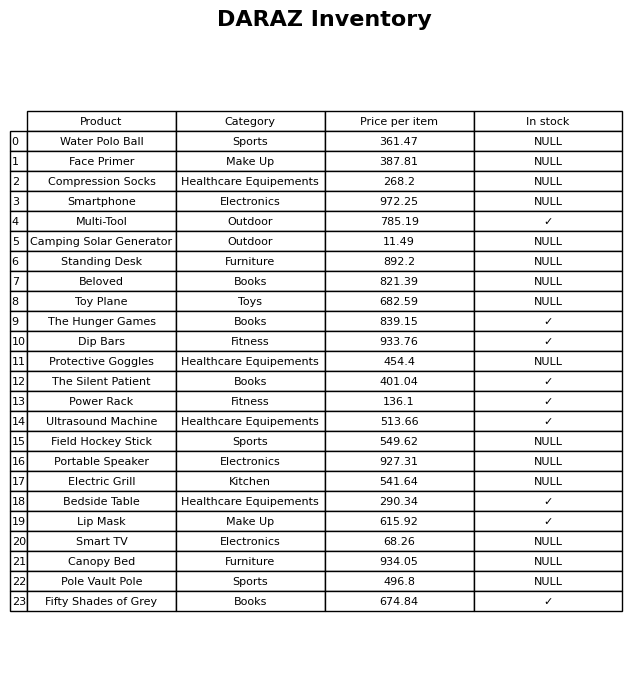
question: What is the price for Protective Goggles?
answer: The price of Protective Goggles is 454.4.